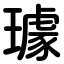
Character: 璩